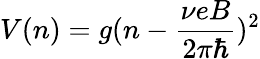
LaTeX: V(n)=g(n-\frac{\nu eB}{2\pi\hbar})^{2}